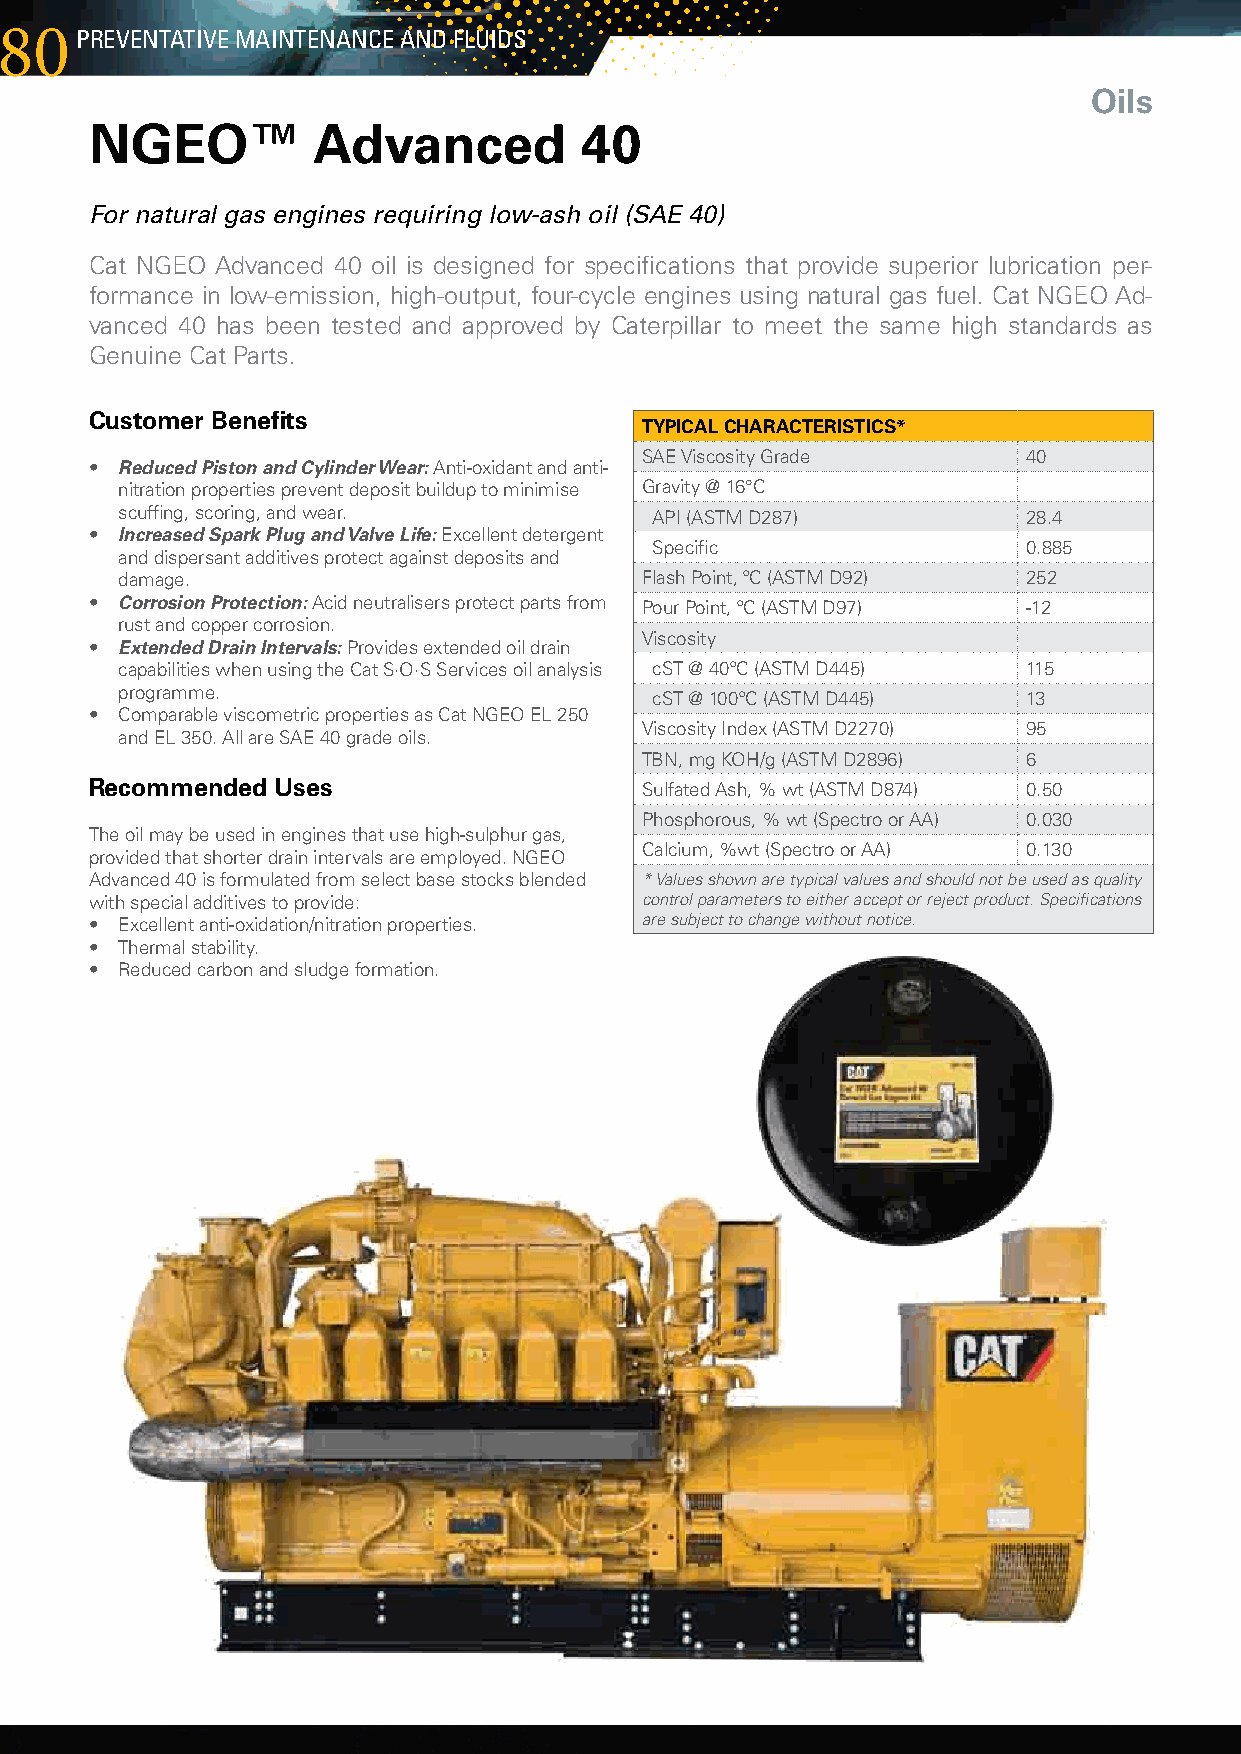
80PREvEntAtIvE  MAIntEnAncE AnD FLuIDs
 Oils
 NGEO™          Advanced         40
 For natural gas engines requiring low-ash oil (SAE 40)
 CatNGEOAdvanced40oilisdesignedforspecificationsthatprovidesuperiorlubricationper-
 formanceinlow-emission,high-output,four-cycleenginesusingnaturalgasfuel.CatNGEOAd-
 vanced40hasbeentestedandapprovedbyCaterpillartomeetthesamehighstandardsas
 GenuineCatParts.
 Customer Benefits
 TYPICAL CHARACTERISTICS*
 SAEViscosityGrade      40
 • Reduced Piston and Cylinder Wear:Anti-oxidantandanti-
 nitrationpropertiespreventdepositbuilduptominimise Gravity@16°C
 scuffing,scoring,andwear.     API(ASTMD287)          28.4
 • Increased Spark Plug and Valve Life:Excellentdetergent
 Specific                0.885
 anddispersantadditivesprotectagainstdepositsand
 damage.                          FlashPoint,ºC(ASTMD92) 252
 • Corrosion Protection:Acidneutralisersprotectpartsfrom PourPoint,ºC(ASTMD97) -12
 rustandcoppercorrosion.
 Viscosity
 • Extended Drain Intervals: Providesextendedoildrain
 capabilitieswhenusingtheCatS·O·SServicesoilanalysis cST@40ºC(ASTMD445) 115
 programme.
 cST@100ºC(ASTMD445)  13
 • ComparableviscometricpropertiesasCatNGEOEL250
 ViscosityIndex(ASTMD2270) 95
 andEL350.AllareSAE40gradeoils.
 TBN,mgKOH/g(ASTMD2896) 6
 Recommended Uses                    SulfatedAsh,%wt(ASTMD874) 0.50
 Phosphorous,%wt(SpectroorAA) 0.030
 Theoilmaybeusedinenginesthatusehigh-sulphurgas,
 Calcium,%wt(SpectroorAA) 0.130
 providedthatshorterdrainintervalsareemployed.NGEO
 Advanced40isformulatedfromselectbasestocksblended * Values shown are typical values and should not be used as quality
 withspecialadditivestoprovide: control parameters to either accept or reject product. Specifications
 • Excellentanti-oxidation/nitrationproperties. are subject to change without notice.
 • Thermalstability.
 • Reducedcarbonandsludgeformation.